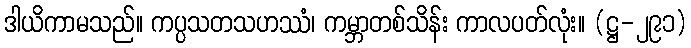
ဒါယိကာမသည်။ ကပ္ပသတသဟဿံ၊ ကမ္ဘာတစ်သိန်း ကာလပတ်လုံး။ (ဋ္ဌ-၂၉၁)